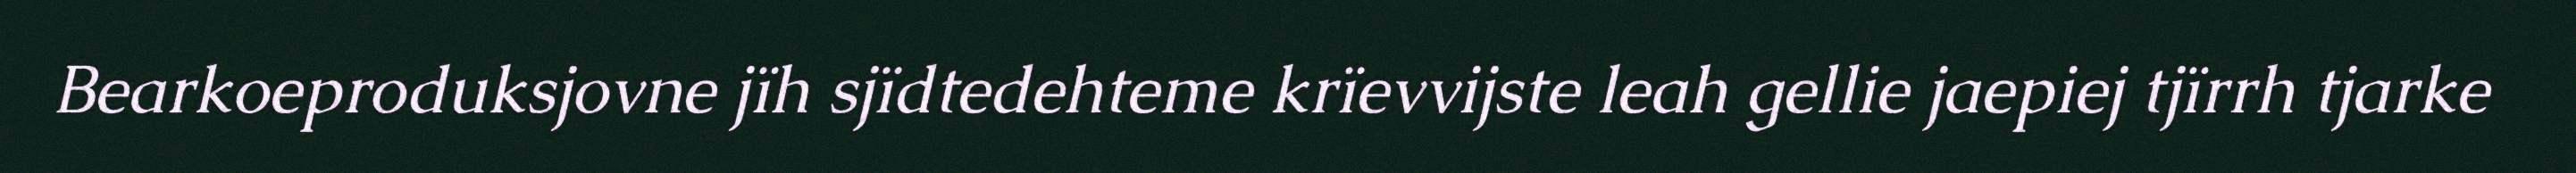
Bearkoeproduksjovne jïh sjïdtedehteme krïevvijste leah gellie jaepiej tjïrrh tjarke